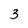
Character: 3